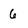
Character: 6